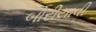
બોરીયાવી